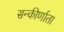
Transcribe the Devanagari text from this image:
सन्कीर्णाता